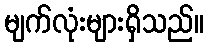
မျက်လုံးများရှိသည်။